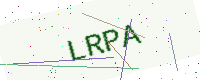
Text: LRPA